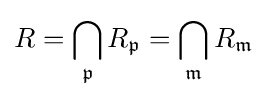
R=\bigcap _{\mathfrak {p}}R_{\mathfrak {p}}=\bigcap _{\mathfrak {m}}R_{\mathfrak {m}}